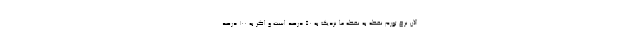
الان نرخ تورم نقطه به نقطه ما نزدیک به ۵۰ درصد است و اگر به ۱۰۰ درصد